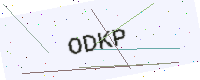
Text: ODKP